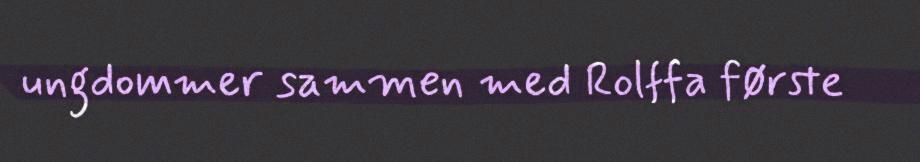
ungdommer sammen med Rolffa første